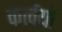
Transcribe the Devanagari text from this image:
कर्त्वयों